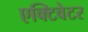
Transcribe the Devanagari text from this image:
एक्टिवेटर